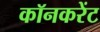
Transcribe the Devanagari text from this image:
कॉनकरेंट